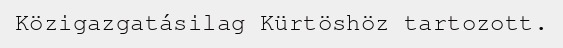
Közigazgatásilag Kürtöshöz tartozott.